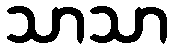
သာသာ